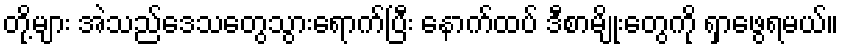
တို့များ အဲသည်ဒေသတွေသွားရောက်ပြီး နောက်ထပ် ဒီစာမျိုးတွေကို ရှာဖွေရမယ်။